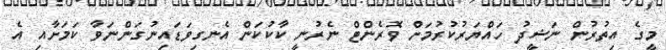
މީގެ އިތުރުން ނަޝީދު ހައްޔަރުކުރުމަށް ވޮރެންޓް ނެރުނީ ކާކުކަން އެނގިވަޑައިނުގަންނަވާ ކަމަށާއި އެ